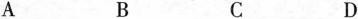
A B C D